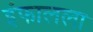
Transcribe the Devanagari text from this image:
इंफालला